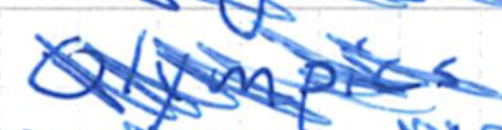
Text: Olympics
Cross-out: scratch
Writing tool: ballpoint